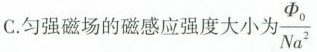
C.匀强磁场的磁感应强度大小为 $$\frac{ \Phi _{0} } { Na^{2} }$$